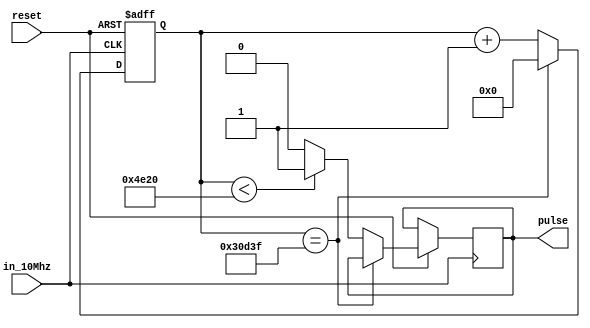
module PWM( in_10Mhz, reset, pulse);
	input in_10Mhz, reset;
	output reg pulse;
	reg[17:0] counter;
	
	always@(posedge in_10Mhz, negedge reset)
	begin
	if(!reset)
	begin
		counter <= 0;
	end
	else
		if(counter == 200000-1 )
		begin
			counter <= 0;
		end
		else
		begin
			counter <= counter+ 1; 
			if(counter < 20000)
				pulse = 1;
			else
				pulse = 0;
		end
end
endmodule